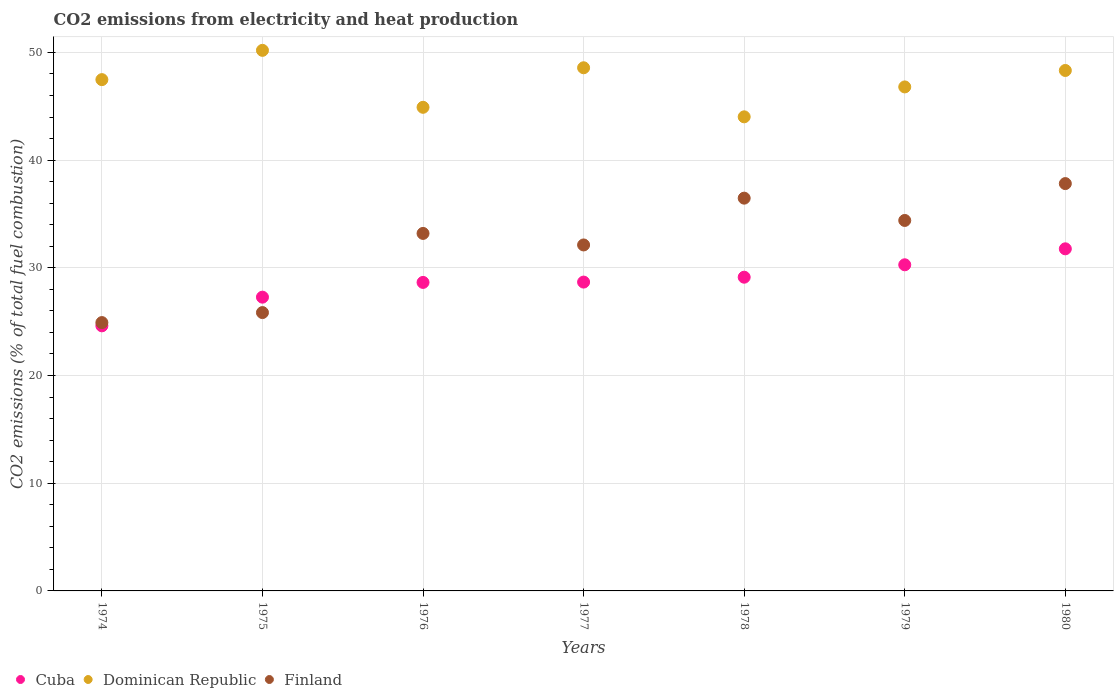
| Years | Cuba | Dominican Republic | Finland |
 | --- | --- | --- | --- |
 | 1974 | 24.6 | 47.5 | 24.9 |
 | 1975 | 27.3 | 50.2 | 25.8 |
 | 1976 | 28.6 | 44.9 | 33.2 |
 | 1977 | 28.7 | 48.6 | 32.1 |
 | 1978 | 29.1 | 44 | 36.5 |
 | 1979 | 30.3 | 46.8 | 34.4 |
 | 1980 | 31.8 | 48.3 | 37.8 |